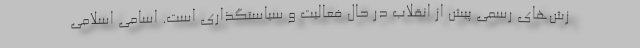
زش‌های رسمی پیش از انقلاب در حال فعالیت و سیاستگذاری است. اسامی اسلامی